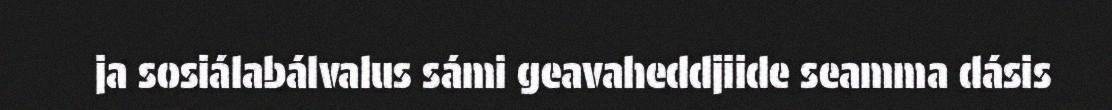
ja sosiálabálvalus sámi geavaheddjiide seamma dásis